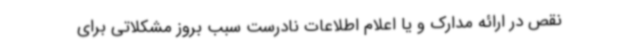
نقص در ارائه مدارک و یا اعلام اطلاعات نادرست سبب بروز مشکلاتی برای